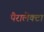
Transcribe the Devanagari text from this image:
पैरालेक्टा